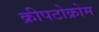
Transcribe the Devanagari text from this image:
क्रीपटोक्रोम